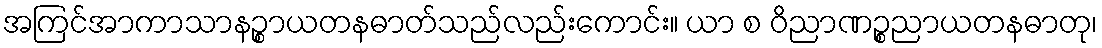
အကြင်အာကာသာနဉ္စာယတနဓာတ်သည်လည်းကောင်း။ ယာ စ ဝိညာဏဉ္စညာယတနဓာတု၊